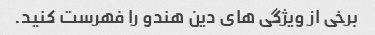
برخی از ویژگی های دین هندو را فهرست کنید.